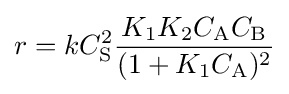
r=kC_{\mathrm {S} }^{2}{\frac {K_{1}K_{2}C_{\mathrm {A} }C_{\mathrm {B} }}{(1+K_{1}C_{\mathrm {A} })^{2}}}